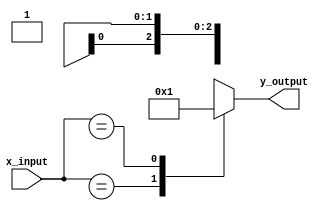
module x_based_case_statement (
    input wire [3:0] x_input,
    output reg [1:0] y_output
);

always @(*) begin
    case (x_input)
        4'b0xxx: y_output = 2'b00; // If MSB is 0, output 00
        4'b1xxx: y_output = 2'b01; // If MSB is 1, output 01
        4'b?1xx: y_output = 2'b10; // If 2nd bit is 1, output 10
        4'b?0xx: y_output = 2'b11; // If 2nd bit is 0, output 11
        default: y_output = 2'b00; // Default case
    endcase
end

endmodule